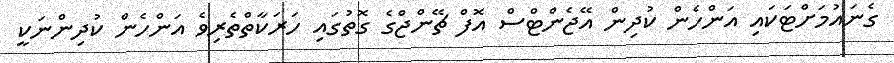
ގެނައުމަށްޓަކައި އަންހެން ކުދިން އޭޖެންޓްސް އޮފް ޗޭންޖްގެ ގޮތުގައި ހަރަކާތްތެރިވެ އަންހެން ކުދިންނަކީ